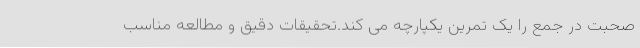
صحبت در جمع را یک تمرین یکپارچه می کند.تحقیقات دقیق و مطالعه مناسب